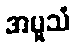
အမူသံ